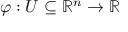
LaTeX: \varphi : U \subseteq \mathbb { R } ^ { n } \to \mathbb { R }